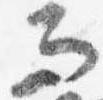
而